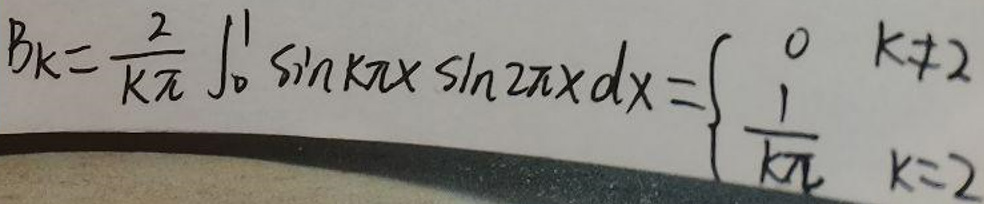
\[
b_k = \frac{2}{k\pi} \int_0^1 \sin k\pi x \sin 2\pi x \, dx =
\begin{cases}
0, & k \neq 2 \\
\frac{1}{k\pi}, & k = 2
\end{cases}
\]